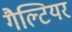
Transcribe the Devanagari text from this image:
गैल्टियर